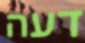
דעה